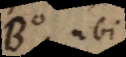
B, ubi